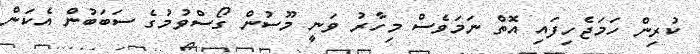
ކުރިން ހަމަޖެހިފައި އޮތް ނަމަވެސް މިހާރު ވަނީ މޫސުން ގޯސްވުމުގެ ސަބަބުން އެކަން